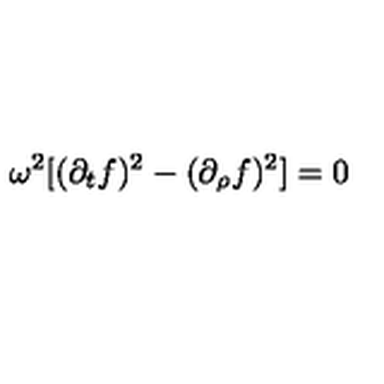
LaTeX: \omega ^ { 2 } [ ( \partial _ { t } f ) ^ { 2 } - ( \partial _ { \rho } f ) ^ { 2 } ] = 0